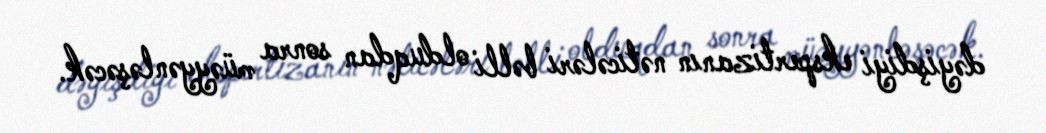
dəyişdiyi ekspertizanın nəticələri bəlli olduqdan sonra müəyyənləşəcək.